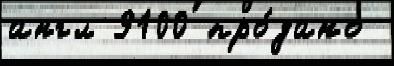
англ 9100 про́дано